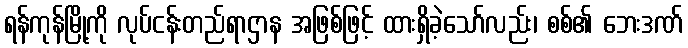
ရန်ကုန်မြို့ကို လုပ်ငန်းတည်ရာဌာန အဖြစ်ဖြင့် ထားရှိခဲ့သော်လည်း၊ စစ်၏ ဘေးဒဏ်